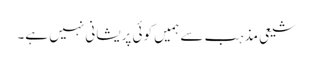
شیعی مذہب سے ہمیں کوئی پریشانی نہیں ہے۔